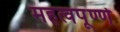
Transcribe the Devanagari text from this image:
महत्वपूर्ण्ण